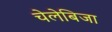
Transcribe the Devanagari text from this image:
चेलेबिजा